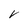
Character: V